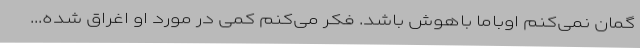
گمان نمی‌کنم اوباما باهوش باشد. فکر می‌کنم کمی در مورد او اغراق شده...